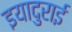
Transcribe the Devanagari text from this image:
इयादुराई